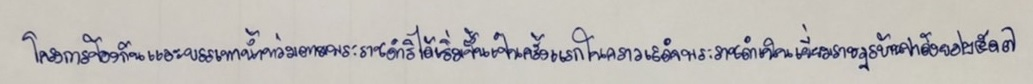
โครงการป้องกันและบรรเทาน้ำท่วมตามพระราชดำริได้เริ่มขึ้นเป็นครั้งแรกในคราวเสด็จพระราชดำเนินเยี่ยมราษฎรบ้านปาดังยอ๒๕๑๗